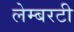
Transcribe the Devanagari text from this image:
लेम्बरटी